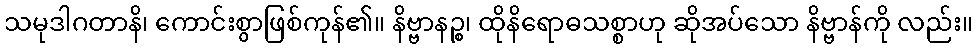
သမုဒါဂတာနိ၊ ကောင်းစွာဖြစ်ကုန်၏။ နိဗ္ဗာနဉ္စ၊ ထိုနိရောဓသစ္စာဟု ဆိုအပ်သော နိဗ္ဗာန်ကို လည်း။